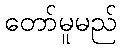
တော်မူမည်